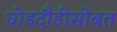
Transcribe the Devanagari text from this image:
घोडदौडीसोबत